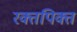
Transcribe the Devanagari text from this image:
रक्तपिक्त